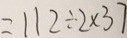
= 1 1 2 \div 2 \times 3 7